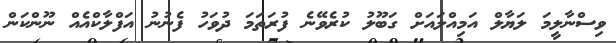
ވިސްނާލީމަ ލަޔާލް އަމިއްލައަށް ގަބޫލު ކުރެވޭނެ ފުރަތަމަ ދުވަހު ފެނުނު އަފްލާކްއެއް ނޫންކަން